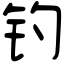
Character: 钓